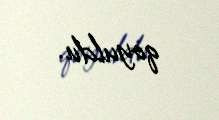
qoyuldu.